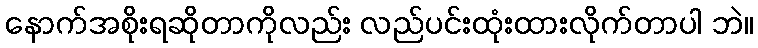
နောက်အစိုးရဆိုတာကိုလည်း လည်ပင်းထုံးထားလိုက်တာပါ ဘဲ။